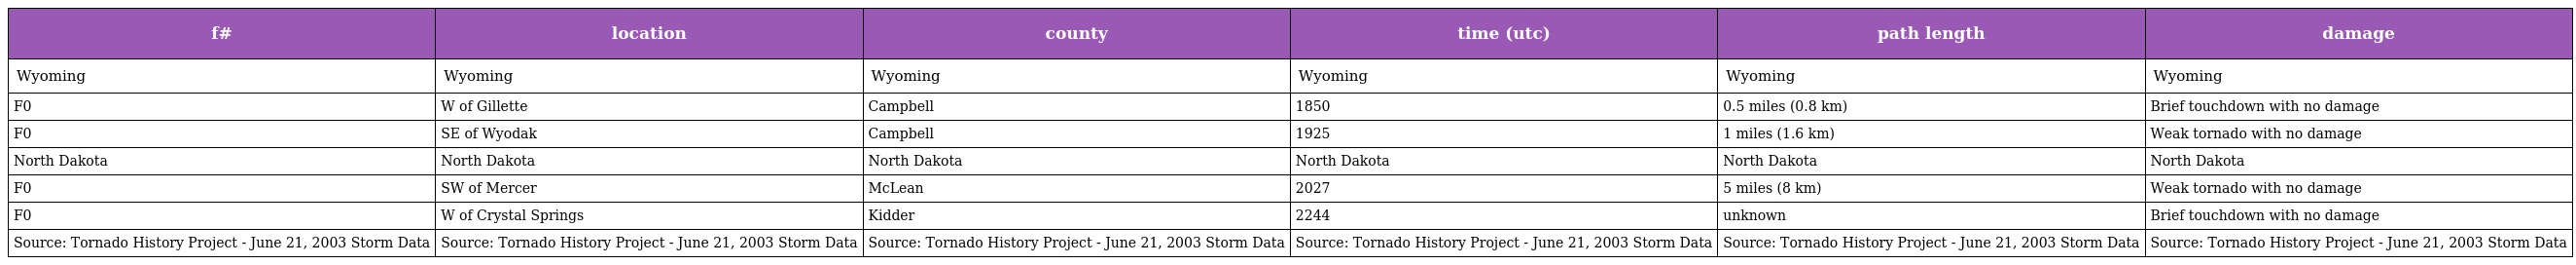
| f# | location | county | time (utc) | path length | damage |
 | --- | --- | --- | --- | --- | --- |
 | Wyoming | Wyoming | Wyoming | Wyoming | Wyoming | Wyoming |
 | F0 | W of Gillette | Campbell | 1850 | 0.5 miles (0.8 km) | Brief touchdown with no damage |
 | F0 | SE of Wyodak | Campbell | 1925 | 1 miles (1.6 km) | Weak tornado with no damage |
 | North Dakota | North Dakota | North Dakota | North Dakota | North Dakota | North Dakota |
 | F0 | SW of Mercer | McLean | 2027 | 5 miles (8 km) | Weak tornado with no damage |
 | F0 | W of Crystal Springs | Kidder | 2244 | unknown | Brief touchdown with no damage |
 | Source: Tornado History Project - June 21, 2003 Storm Data | Source: Tornado History Project - June 21, 2003 Storm Data | Source: Tornado History Project - June 21, 2003 Storm Data | Source: Tornado History Project - June 21, 2003 Storm Data | Source: Tornado History Project - June 21, 2003 Storm Data | Source: Tornado History Project - June 21, 2003 Storm Data |